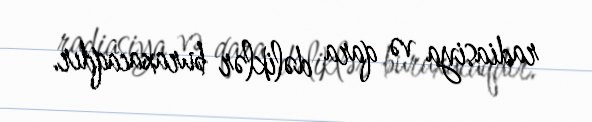
radiasiya və qara dəliklər buraxacaqdır.